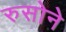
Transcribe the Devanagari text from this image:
रुसोने